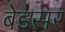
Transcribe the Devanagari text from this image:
बेडसर